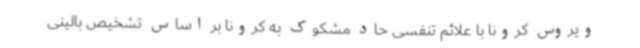
ویروس کرونا با علائم تنفسی حاد مشکوک به کرونا بر اساس تشخیص بالینی